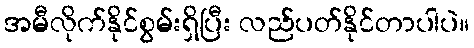
အမီလိုက်နိုင်စွမ်းရှိပြီး လည်ပတ်နိုင်တာပါပဲ။